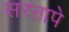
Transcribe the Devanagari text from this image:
सरतापे